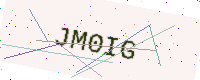
Text: JM0IG